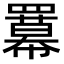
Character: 羃